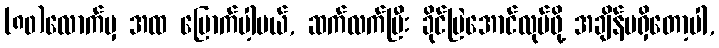
(၈၀)လောက်မှ အထ မြောက်ပါ့မယ်, ဆက်လက်ပြီး ခိုင်မြဲအောင်လုပ်ဖို့ အချိန်မရှိတော့ပါ,